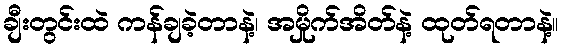
ချီးတွင်းထဲ ကန်ချခဲ့တာနဲ့၊ အမှိုက်အိတ်နဲ့ ထုတ်ရတာနဲ့။